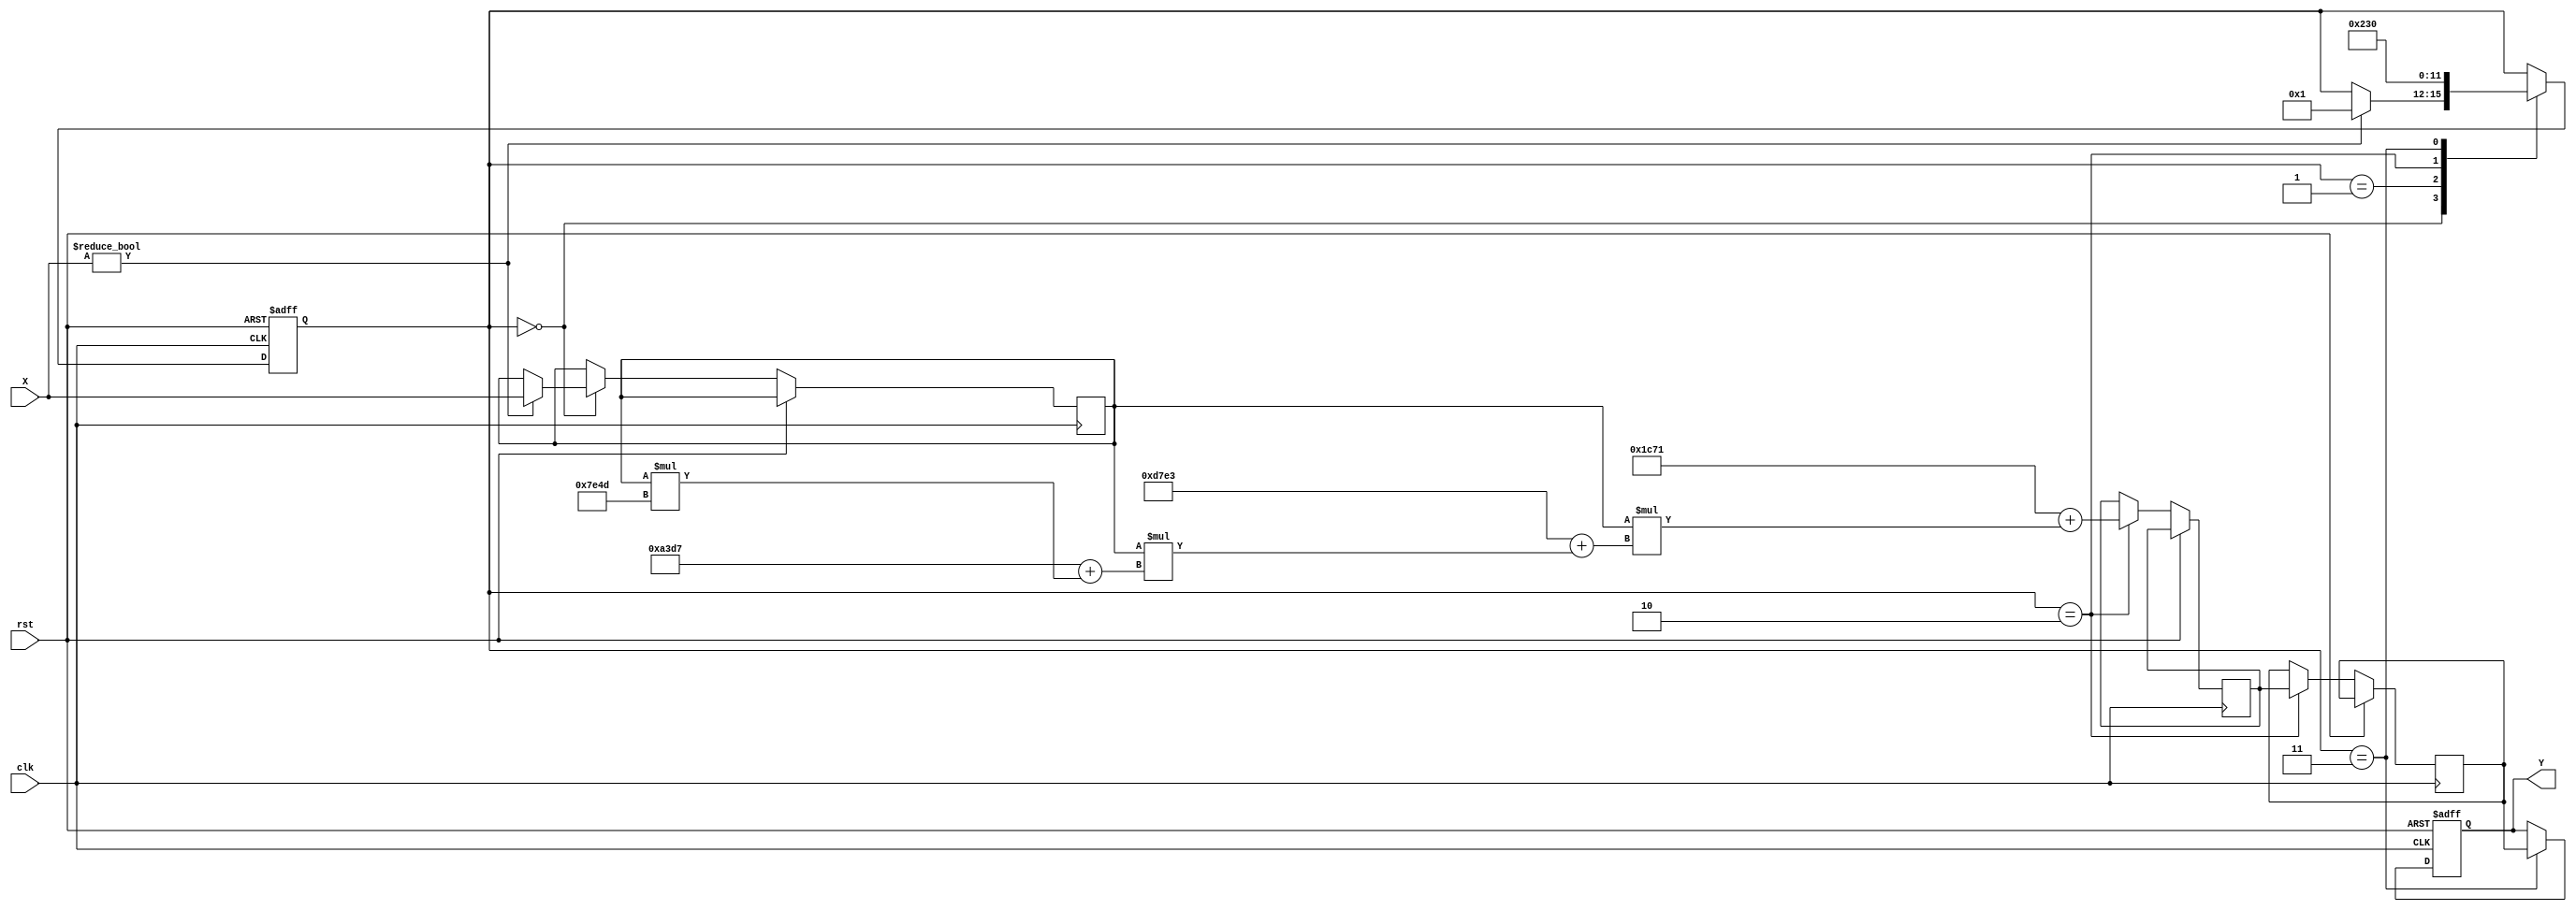
module poly_approx_reciprocal (
    input wire [15:0] X,      // Input value (fixed-point, 16-bit)
    input wire clk,           // Clock signal
    input wire rst,           // Reset signal
    output reg [15:0] Y       // Output value (reciprocal, fixed-point, 16-bit)
);

    // Polynomial coefficients for approximation (example values)
    parameter [15:0] a0 = 16'h1C71; // Coefficient a0
    parameter [15:0] a1 = 16'hD7E3; // Coefficient a1
    parameter [15:0] a2 = 16'hA3D7; // Coefficient a2
    parameter [15:0] a3 = 16'h7E4D; // Coefficient a3

    reg [15:0] normalized_X; // Normalized input
    reg [15:0] polynomial_result; // Result of polynomial evaluation
    reg [15:0] approx; // Initial approximation
    reg [3:0] state; // State for control logic

    // State encoding
    localparam IDLE = 0, NORMALIZE = 1, POLY_EVAL = 2, OUTPUT = 3;

    // Normalize input (example normalization to [1, 2))
    always @(posedge clk or posedge rst) begin
        if (rst) begin
            state <= IDLE;
            Y <= 16'h0000;
        end else begin
            case (state)
                IDLE: begin
                    if (X != 16'h0000) begin // Avoid division by zero
                        normalized_X <= X; // Assume X is already in the range [1, 2)
                        state <= NORMALIZE;
                    end
                end
                NORMALIZE: begin
                    // Perform normalization if needed
                    // Here we assume X is already in the correct range
                    state <= POLY_EVAL;
                end
                POLY_EVAL: begin
                    // Evaluate polynomial using Horner's method
                    polynomial_result <= a0 + (normalized_X * (a1 + (normalized_X * (a2 + (normalized_X * a3)))));
                    approx <= polynomial_result;
                    state <= OUTPUT;
                end
                OUTPUT: begin
                    Y <= approx; // Output the result
                    state <= IDLE; // Go back to IDLE
                end
            endcase
        end
    end

endmodule